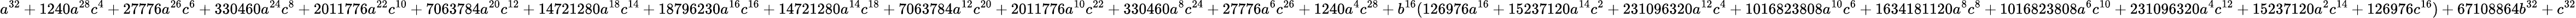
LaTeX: a^{32}+1240a^{28}c^{4}+27776a^{26}c^{6}+330460a^{24}c^{8}+2011776a^{22}c^{10}+7063784a^{20}c^{12}+14721280a^{18}c^{14}+18796230a^{16}c^{16}+14721280a^{14}c^{18}+7063784a^{12}c^{20}+2011776a^{10}c^{22}+330460a^{8}c^{24}+27776a^{6}c^{26}+1240a^{4}c^{28}+b^{16}(126976a^{16}+15237120a^{14}c^{2}+231096320a^{12}c^{4}+1016823808a^{10}c^{6}+1634181120a^{8}c^{8}+1016823808a^{6}c^{10}+231096320a^{4}c^{12}+15237120a^{2}c^{14}+126976c^{16})+67108864b^{32}+c^{32}